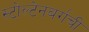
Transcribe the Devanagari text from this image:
स्टोल्टेनबर्गची